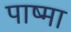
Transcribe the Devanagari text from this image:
पाष्मा